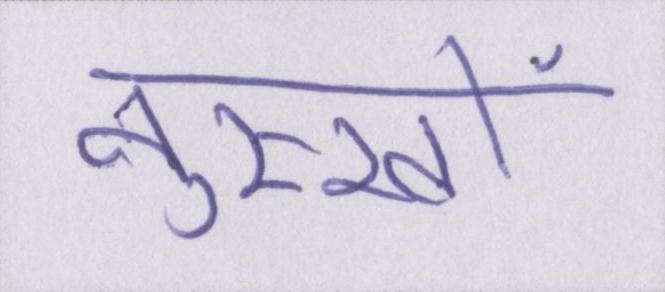
नुस्खों